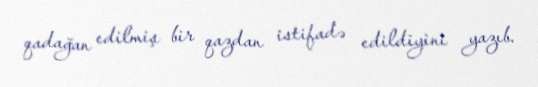
qadağan edilmiş bir qazdan istifadə edildiyini yazıb.